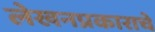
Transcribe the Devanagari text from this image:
लेखनप्रकाराचे